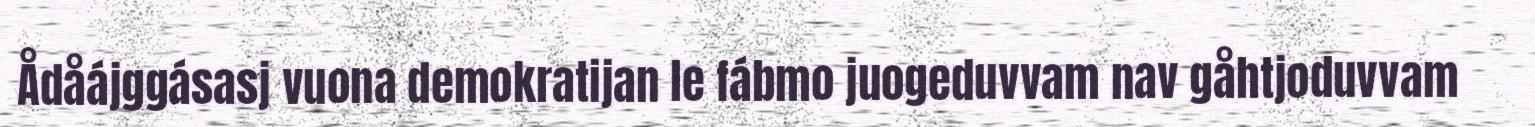
Ådåájggásasj vuona demokratijan le fábmo juogeduvvam nav gåhtjoduvvam